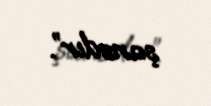
şansdır”.